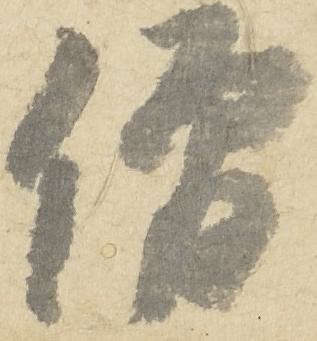
僧